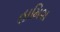
હામિશ